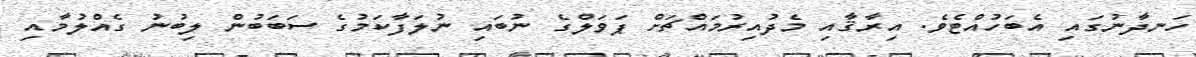
ހަނދާނުގައި އެބަހުއްޓެވެ. އިރާޤާއި މެދުއިރުމައްޗަށް ޕަވަލްގެ ނުބައި ނުލަފާކަމުގެ ސަބަބުން ލިބުނު ގެއްލުމާއި